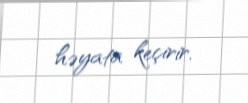
həyata keçirir.